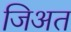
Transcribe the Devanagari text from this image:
जिअत